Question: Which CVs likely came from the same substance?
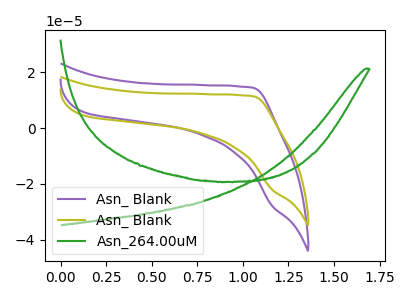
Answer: <think>The purple curve "Asn_ Blank" has no peaks. The olive curve "Asn_ Blank" has no peaks. The green curve "Asn_264.00uM" has no peaks.
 Neither "Asn_ Blank" or "Asn_ Blank" have any peaks. Neither "Asn_ Blank" or "Asn_264.00uM" have any peaks. Neither "Asn_ Blank" or "Asn_264.00uM" have any peaks.</think>
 <answer>"Asn_ Blank", "Asn_ Blank" and "Asn_264.00uM" have the same shape and are likely CV's of the same chemical.</answer>
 <eval>"Asn_ Blank" "Asn_ Blank" "Asn_264.00uM"</eval>